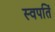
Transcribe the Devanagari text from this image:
स्वपतिं